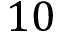
1 0